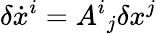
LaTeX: \delta\dot{x}^{i}=A^{i}{}_{j}\delta x^{j}